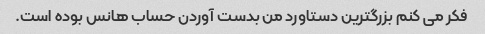
فکر می کنم بزرگترین دستاورد من بدست آوردن حساب هانس بوده است.